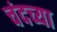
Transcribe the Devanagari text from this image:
चंदच्या